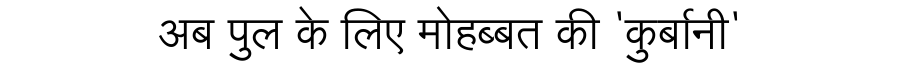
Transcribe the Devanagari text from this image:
अब पुल के लिए मोहब्बत की 'कुर्बानी'